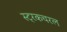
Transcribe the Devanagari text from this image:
स्ट्रकचरल